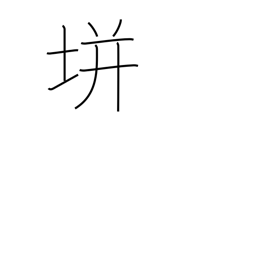
Meaning: used in proper names